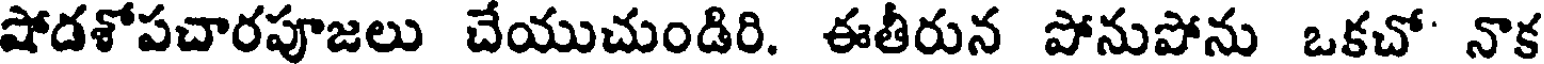
షోడశోపచారపూజలు చేయుచుండిరి. ఈతీరున పోనుపోను ఒకచో' నాక